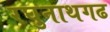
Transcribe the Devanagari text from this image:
रघुनाथगढ